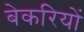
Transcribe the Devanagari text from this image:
बेकरियों